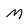
Character: M